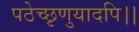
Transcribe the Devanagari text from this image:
पठेच्छृणुयादपि।।